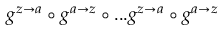
g ^ { z \rightarrow a } \circ g ^ { a \rightarrow z } \circ . . . g ^ { z \rightarrow a } \circ g ^ { a \rightarrow z }